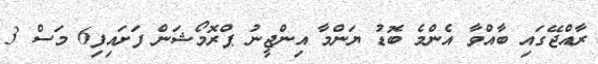
ރާއްޖޭގައި ބާއްވާ އެންމެ ބޮޑު ޔަންމާ އިންޖީނު ޕްރޮމޯޝަން ފަށައިފި6 މަސް 3